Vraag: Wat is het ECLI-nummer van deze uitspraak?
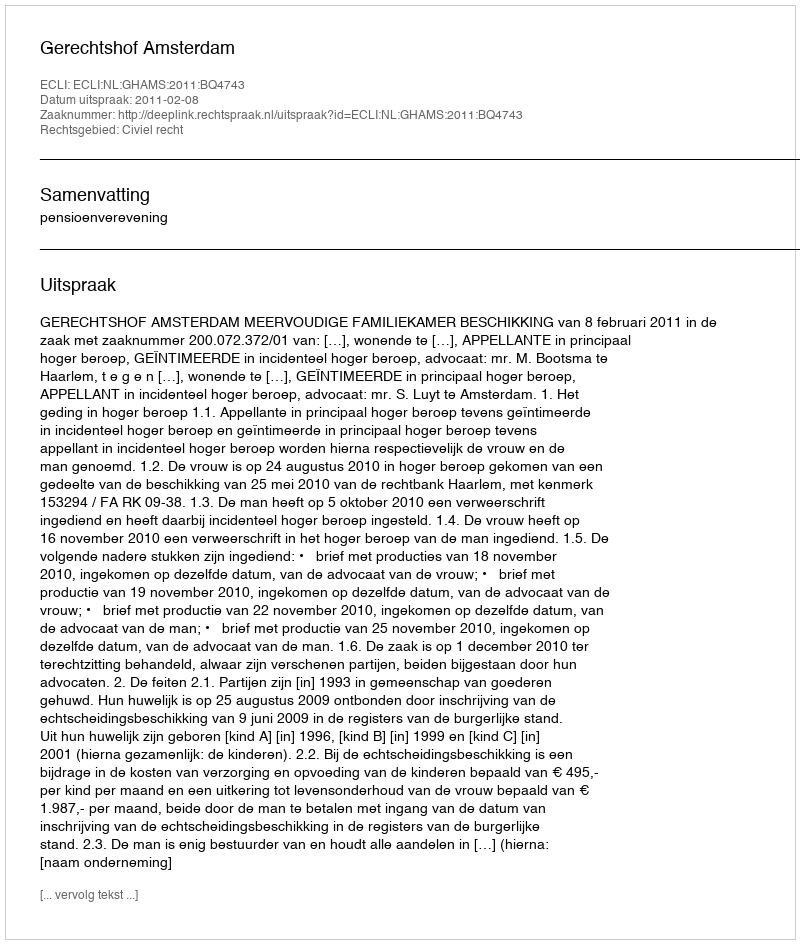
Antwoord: ECLI:NL:GHAMS:2011:BQ4743